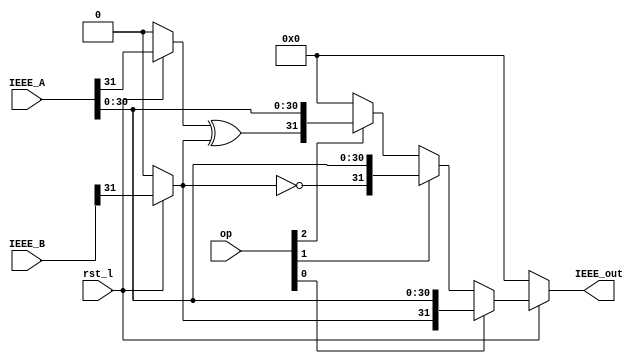
module FPU_sign (rst_l,op,IEEE_A,IEEE_B,IEEE_out);
  
  parameter Std = 31; // Means IEEE754 Std 32 Bit Single Precision -1 for bits
  parameter Exp = 7; // Means IEEE754 8 Bit For Exponents in Single Precision -1 for bits
  parameter Man = 22; // Means IEEE754 23 Bit For Mantissa in Single Precision -1 for bits
  
  input rst_l;
  input [2:0] op; // bit 0 sgnj, bit 1 sgnjn, bit 2 sgnjx
  input [Std : 0] IEEE_A; 
  input [Std : 0] IEEE_B;
  output [Std : 0] IEEE_out;
  
  wire [2:0] op_r;
  wire Sign_A, Sign_B;
  wire [Exp : 0] Exp_A;
  wire [Man : 0] Mantissa_A;
  
  
  	// New logic
  	assign Sign_A = (rst_l == 1'b0) ? 1'b0 : IEEE_A[Std];
  	assign Sign_B = (rst_l == 1'b0) ? 1'b0 : IEEE_B[Std];
    assign Exp_A  = (rst_l == 1'b0) ? {(Exp+1){1'b0}} : IEEE_A[Std - 1 : Std - Exp - 1];
    assign Mantissa_A = (rst_l == 1'b0) ? {(Man+1){1'b0}} : IEEE_A[Man : 0];
    assign  IEEE_out = (rst_l == 1'b0) ? {(Std+1){1'b0}} : (op[0]) ?  {Sign_B,Exp_A,Mantissa_A} : (op[1]) ? {~Sign_B,Exp_A,Mantissa_A} : (op[2]) ? {(Sign_A ^ Sign_B),Exp_A,Mantissa_A} : {(Std+1){1'b0}}; 
 
endmodule